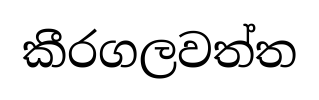
කීරගලවත්ත